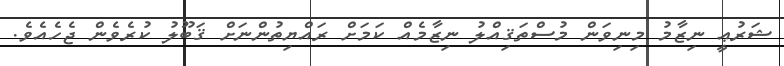
ޝަރުޢީ ނިޒާމު މިނިވަން މުސްތަޤިއްލު ނިޒާމެއް ކަމަށް ރައްޔިތުންނަށް ޤަބޫލު ކުރެވެން ޖެހެއެވެ.